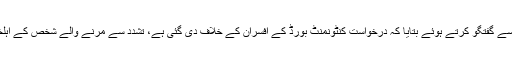
ادھر جبران ناصر نے میڈیا سے گفتگو کرتے ہوئے بتایا کہ درخواست کنٹونمنٹ بورڈ کے افسران کے خلاف دی گئی ہے، تشدد سے مرنے والے شخص کے اہلخانہ کی کفالت کون کرے گا۔